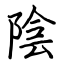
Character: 陰